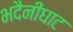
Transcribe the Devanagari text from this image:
भदैनीघाट